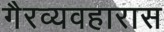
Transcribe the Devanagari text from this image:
गैरव्यवहारास